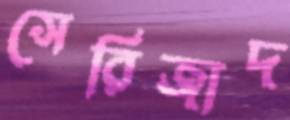
সেরিজাদ